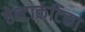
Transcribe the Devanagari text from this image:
ऐन्टार्कटिका